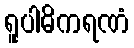
ရူပါဓိကရဏံ